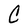
Character: C